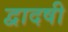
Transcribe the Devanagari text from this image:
द्वादषी